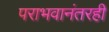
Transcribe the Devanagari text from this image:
पराभवानंतरही